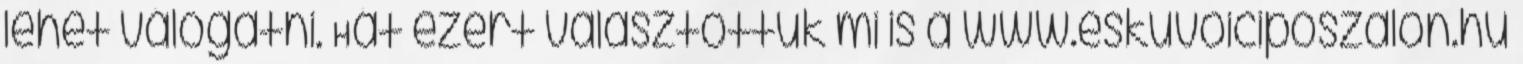
lehet válogatni. Hát ezért választottuk mi is a www.eskuvoiciposzalon.hu